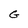
Character: G